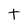
Character: t